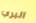
البري